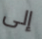
إلى